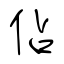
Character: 佔